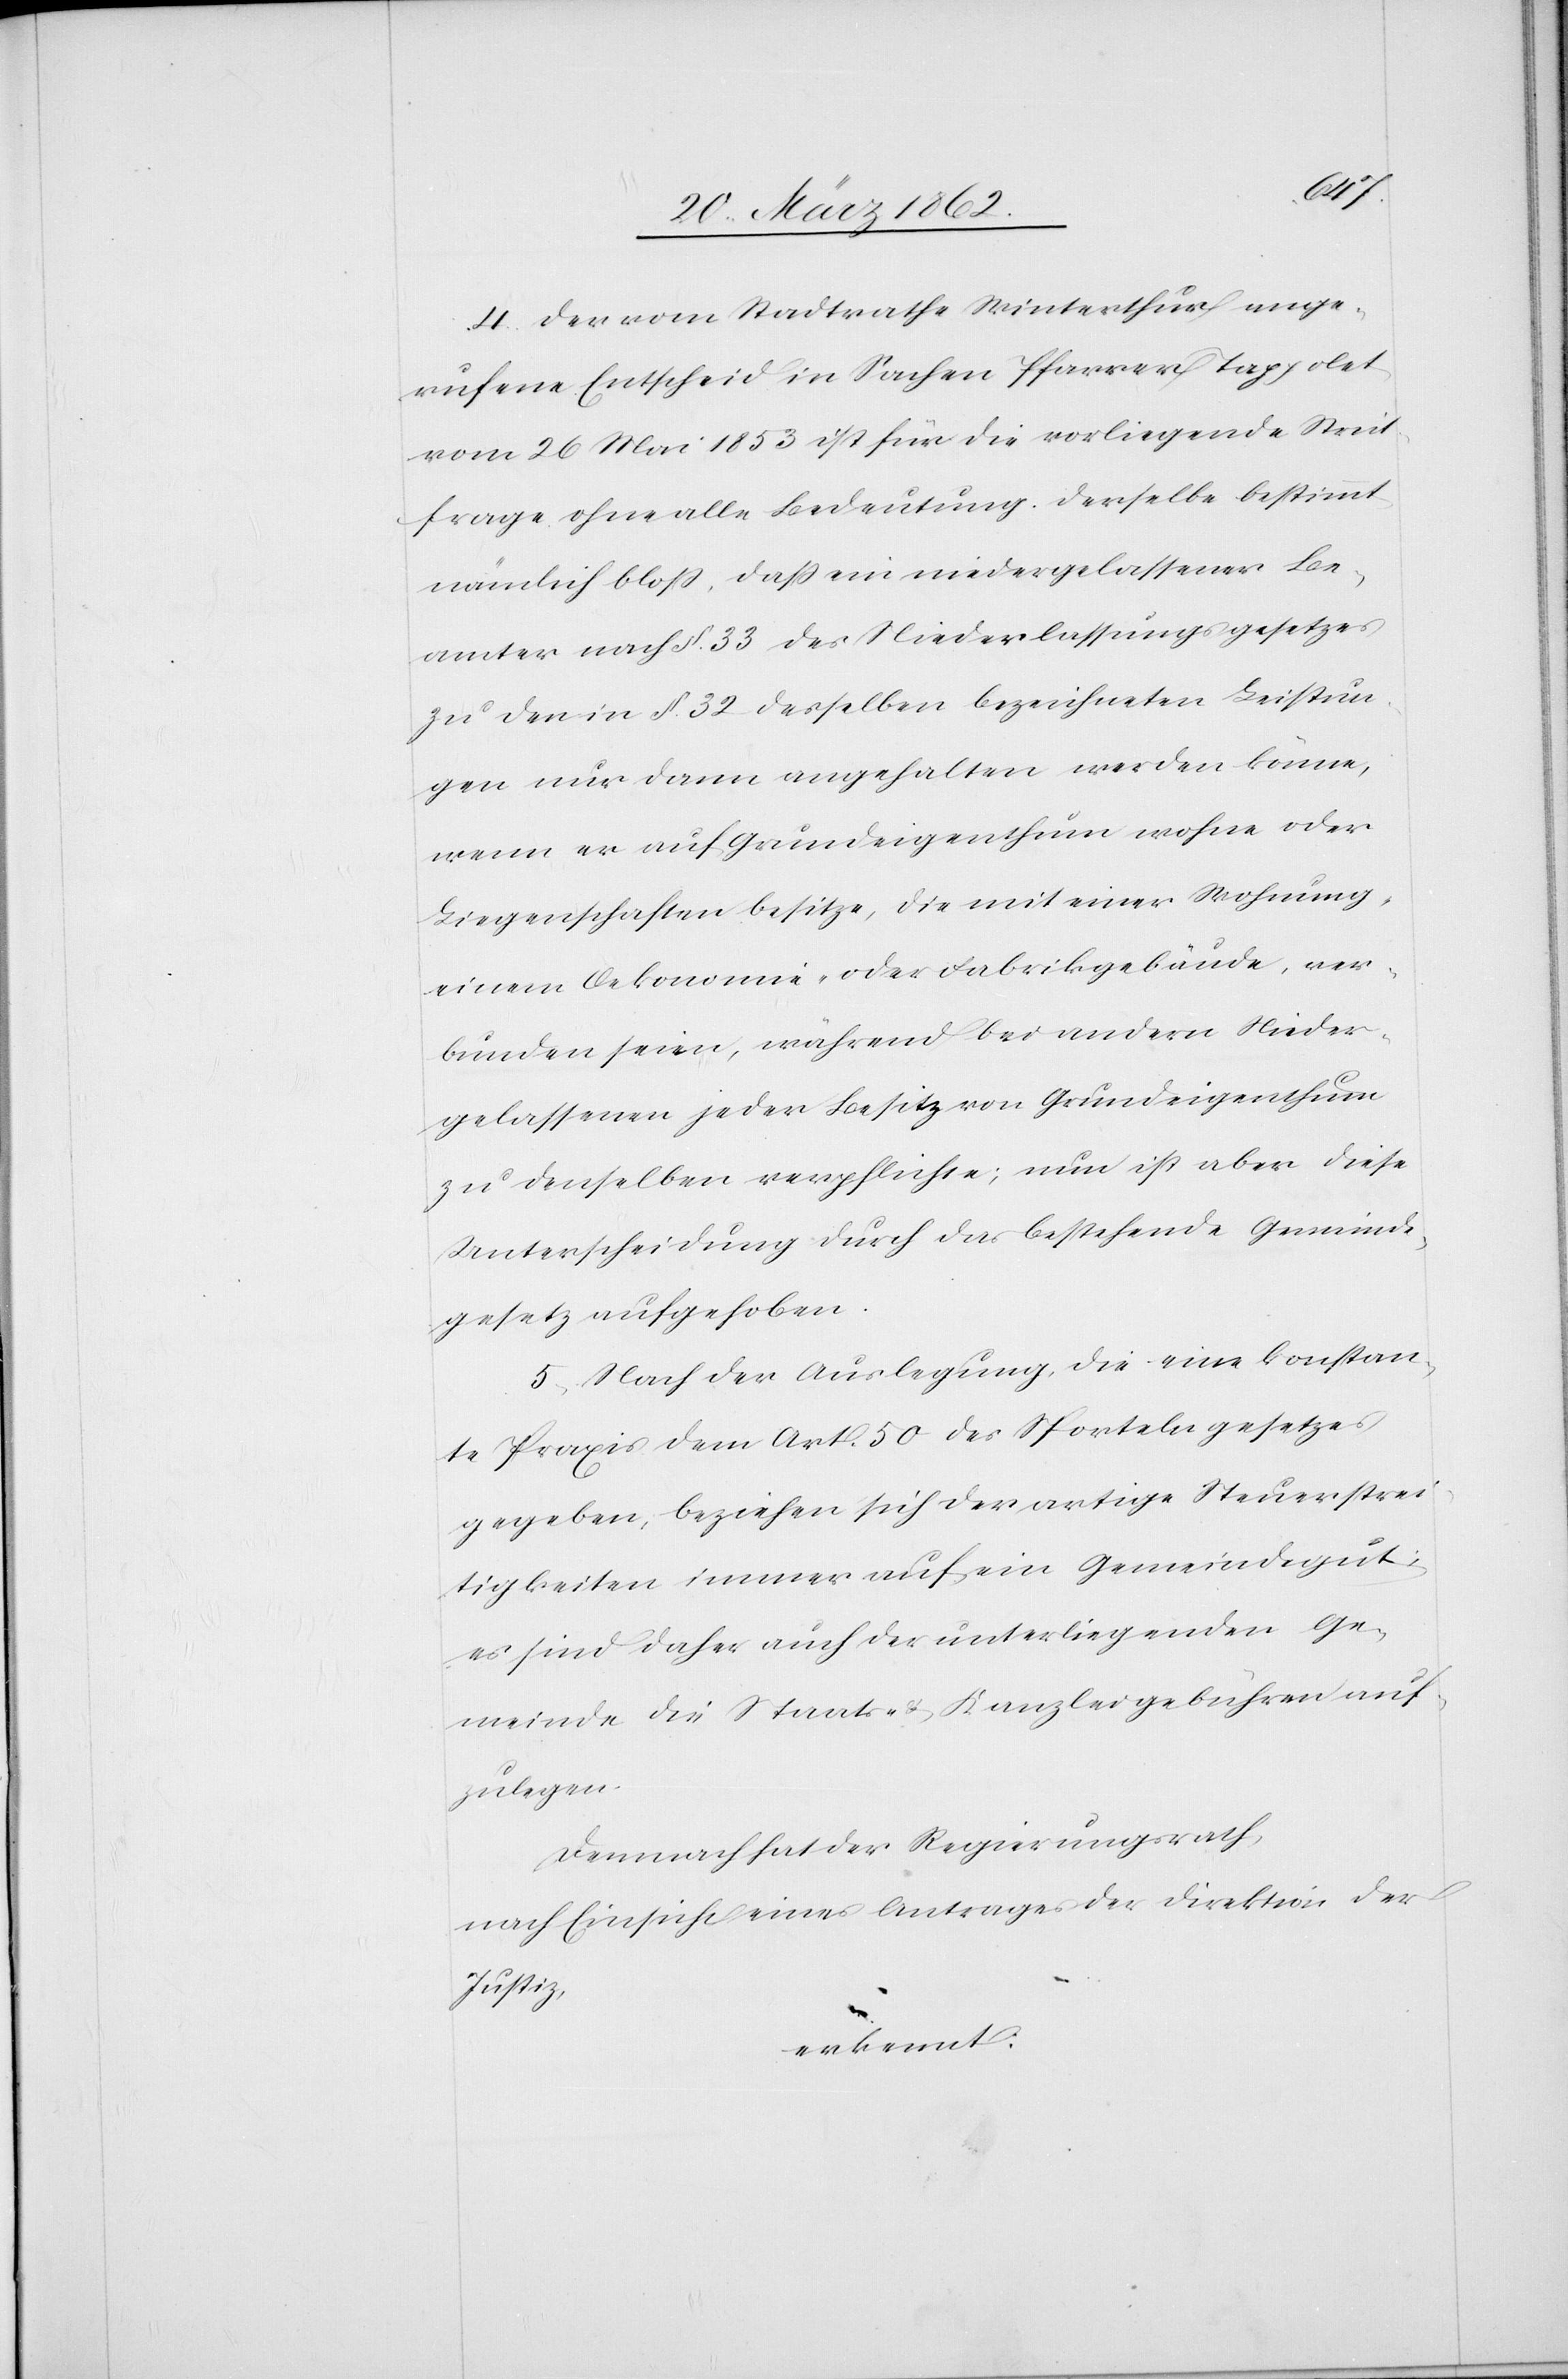
4. Der vom Stadtrathe Winterthur ange¬
rufene Entscheid in Sachen Pfarrer Tappolet
vom 26 Mai 1853 ist für die vorliegende Streit¬
frage ohne alle Bedeutung. Derselbe bestimmt
nämlich bloß, daß ein niedergelassener Be¬
amter nach §. 33 des Niederlassungsgesetzes
zu den in §. 32 desselben bezeichneten Leistun¬
gen nur dann angehalten werden könne,
wenn er auf Grundeigenthum wohne oder
Liegenschaften besitze, die mit einer Wohnung,
einem Oekonomie- oder Fabrikgebäude, ver¬
bunden seien, während bei andern Nieder¬
gelassenen jeder Besitz von Grundeigenthum
zu denselben verpflichte; nun ist aber diese
Unterscheidung durch das bestehende Gemeinde¬
gesetz aufgehoben.
5. Nach der Auslegung, die eine konstan¬
te Praxis dem Art. 50 des Sportelngesetzes
gegeben, beziehen sich derartige Steuerstrei¬
tigkeiten immer auf ein Gemeindegut;
es sind daher auch der unterliegenden Ge¬
meinde die Staats- & Kanzleigebühren auf¬
zulegen.
Demnach hat der Regierungsrath,
nach Einsicht eines Antrages der Direktion der
Justiz,
erkennt: